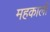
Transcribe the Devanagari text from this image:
महकाली